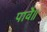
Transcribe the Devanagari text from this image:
पावै॥